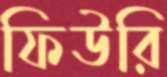
ফিউরি